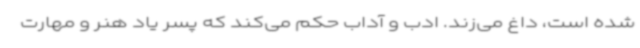
شده است، داغ می‌زند. ادب و آداب حکم می‌کند که پسر یاد هنر و مهارت